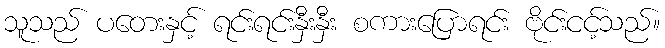
သူသည် ပတေးနှင့် ရင်းရင်းနှီးနှီး စကားပြောရင်း ဗိုင်းငင့်သည်။